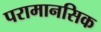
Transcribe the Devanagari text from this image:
परामानसिक